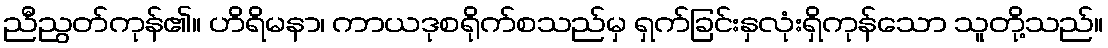
ညီညွတ်ကုန်၏။ ဟိရိမနာ၊ ကာယဒုစရိုက်စသည်မှ ရှက်ခြင်းနှလုံးရှိကုန်သော သူတို့သည်။